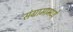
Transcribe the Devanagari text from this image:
संग्रामामध्‍ये